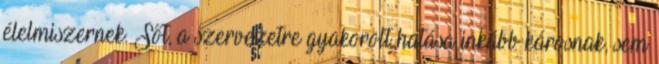
élelmiszernek. Sőt, a szervezetre gyakorolt hatása inkább károsnak, sem